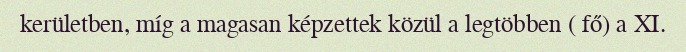
kerületben, míg a magasan képzettek közül a legtöbben ( fő) a XI.